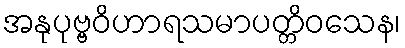
အနုပုဗ္ဗဝိဟာရသမာပတ္တိဝသေန၊